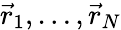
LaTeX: {\vec{r}}_{1},\ldots,{\vec{r}}_{N}